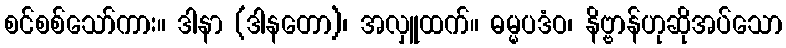
စင်စစ်သော်ကား။ ဒါနာ (ဒါနတော)၊ အလှူထက်။ ဓမ္မပဒံဝ၊ နိဗ္ဗာန်ဟုဆိုအပ်သော